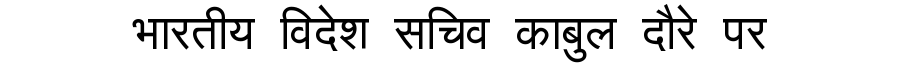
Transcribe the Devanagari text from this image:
भारतीय विदेश सचिव काबुल दौरे पर